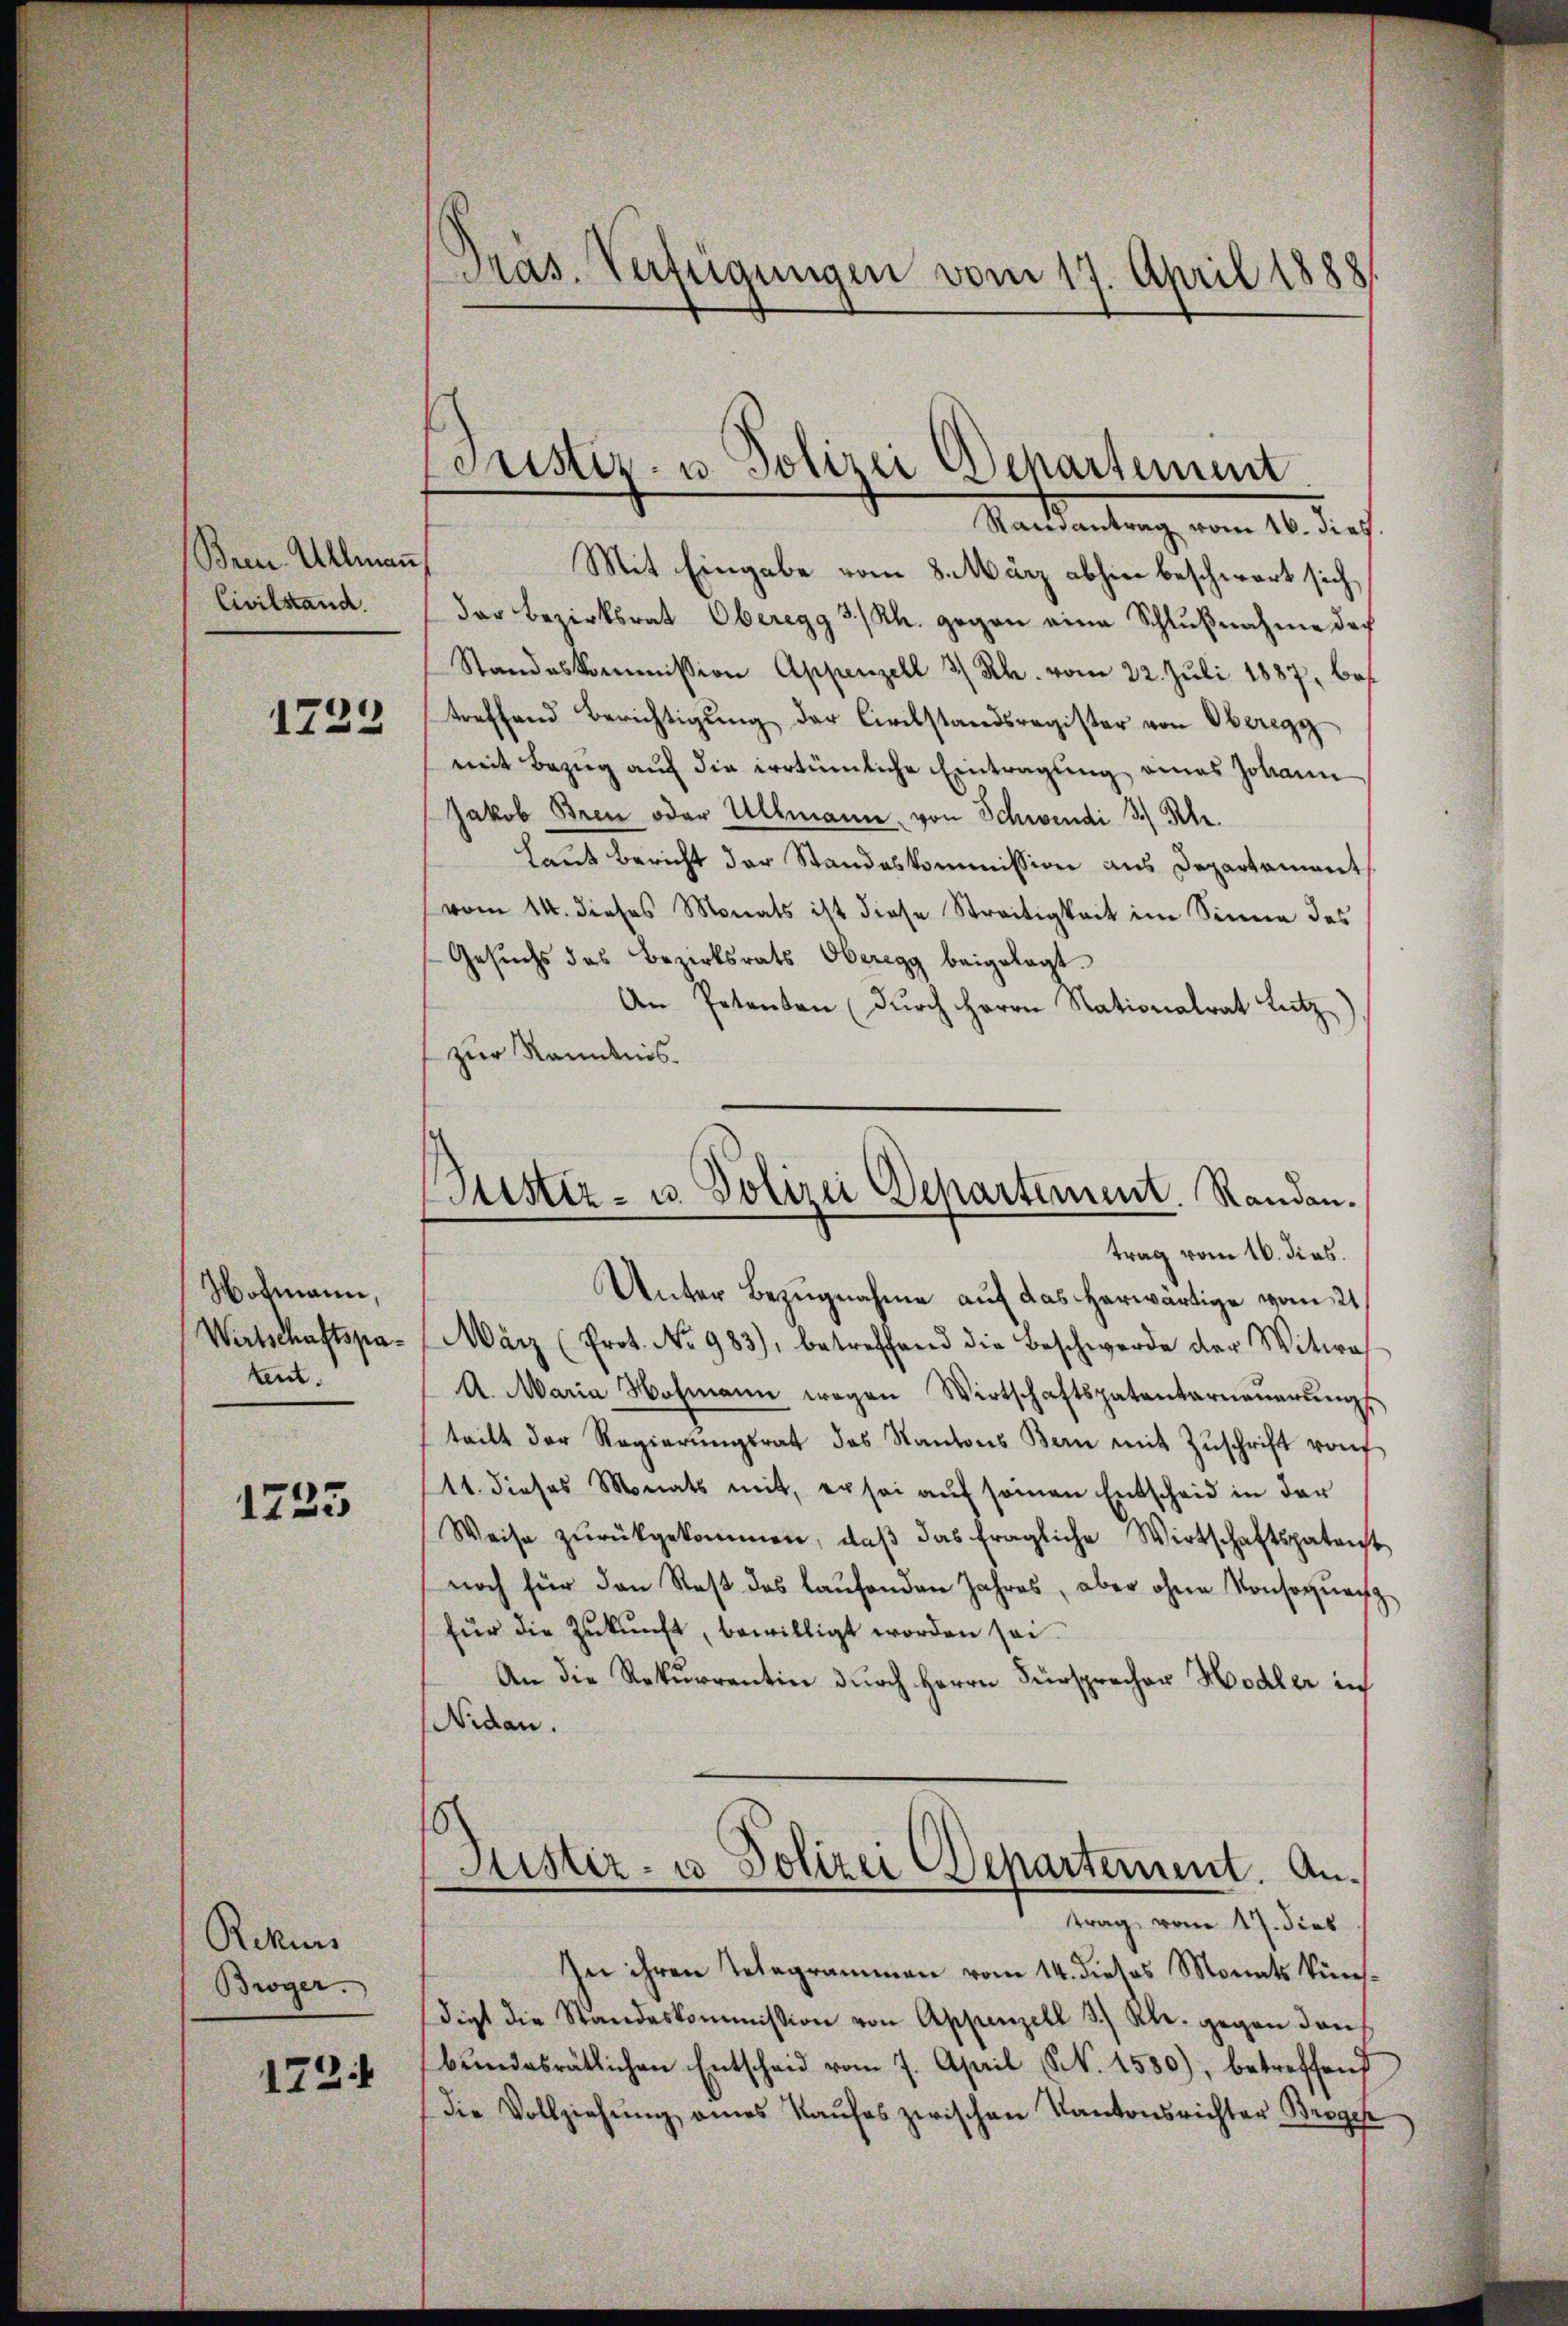
Brin. Allmann
Civilstand.

1723

Hofmann,
Wirtschaftspatent.

1725

Rekurs
Broger.

1724

Präs. Verfügungen vom 17. April 1888

cristir- u. Polizei Departement
Randantrag vom 16. dies.

Mit Eingabe vom 8. März abhin beschwort sich
der Bezirksrat Oberegg 3/Rh. gegen eine Schlŭβnahme doch
Standeskommission Appenzell 3/ Rh. vom 22. Juli 1887, bes
treffend Berichtigung der Civilstandsregister von Oberegg
mit Bezug auf die irrtümliche Eintragung eines Johann
Jakob Bren oder Ullmann, von Schwendi 3.) Schr.
Laut Bericht der Standeskommission aus Departaments
vom 14. dieses Monats ist diese Streitigkeit im Sinne des
Gesuchs des Bezirksrats Oberegg beigelegt.
An Petenten (dŭrch Herrn Nationalrat Lutz
zur Kenntnis.
März (Prot. No 983), betreffend die Beschwerde der Witwe
A. Maria Hofmann wegen Wirtschaftspatentarneŭerŭng
teilt der Regierŭngsrat des Kantons Bern mit Zŭschrift von
11 dieses Monats mit, er sei aŭf seien Entscheid in der
Weise zŭrückgekommen, daβ das fragliche Wirtschaftspatent
noch für den Rest das laufenden Jahres, aber ohne Konsequenz
für die Zukunft, bewilligt worden sei.
An die Rekurrentin durch Herrn Fürsprecher Hodler in
Nidau.
5
Sistir- u Polizei Departement. Antrag vom 17. dies
In ihren Telegrammen vom 14. dieses Monats künsdigt die Standeskommission von Appenzell 3.) Kl. gegen den
bŭndesrätlichen Entscheid vom 7. April N. 1550), betreffend
die Vollziehŭng eines Kaŭfes zwischen Kantonsrichter Broger

Justiz- u. Polizei Departement. Randen.
trag vom 16. dies.
Unter Bezugnahme auf das herwärtige vom 21